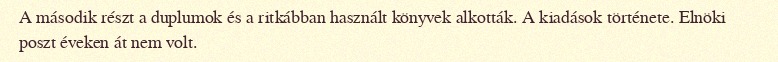
A második részt a duplumok és a ritkábban használt könyvek alkották. A kiadások története. Elnöki poszt éveken át nem volt.